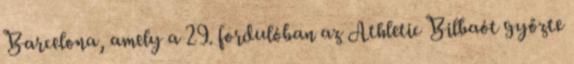
Barcelona, amely a 29. fordulóban az Athletic Bilbaót győzte